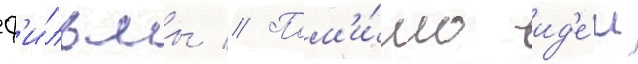
ф'и́льмы // Пом'и́мо ид'е́и